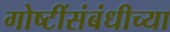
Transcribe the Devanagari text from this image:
गोष्टींसंबंधीच्या